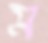
ম